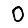
Digit: 0